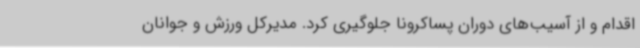
اقدام و از آسیب‌های دوران پساکرونا جلوگیری کرد. مدیرکل ورزش و جوانان